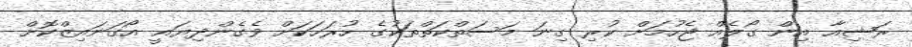
ރަޝިއާ އިން ގޯލެއް ޖެހުމަށް ކުރި ގިނަ މަސަތްކަތްތަކުގެ ހުރަހަކަށް ވެގެންދިޔައީ އޯގަނައިޒްކޮށް